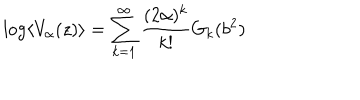
LaTeX: \log \left\langle V _ { \alpha } ( z ) \right\rangle = \sum _ { k = 1 } ^ { \infty } \frac { ( 2 \alpha ) ^ { k } } { k ! } G _ { k } ( b ^ { 2 } )